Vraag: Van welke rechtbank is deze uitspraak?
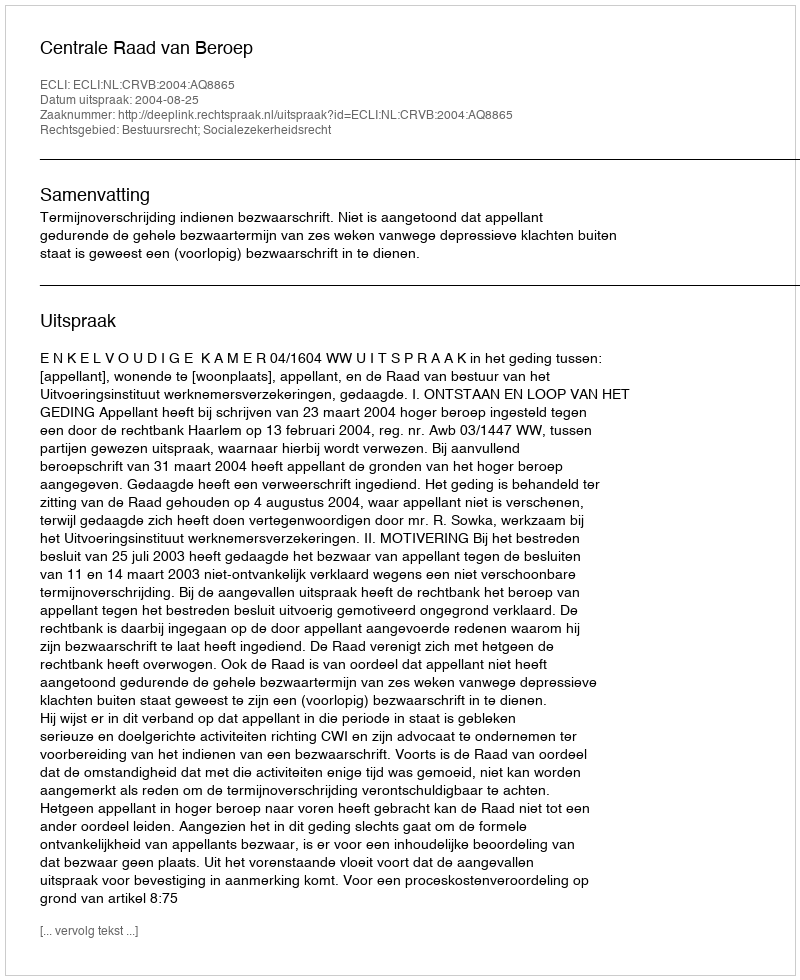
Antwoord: Centrale Raad van Beroep